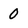
Character: O